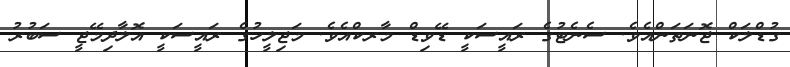
ގުޑްލަކް ޖޮނަތަންއެވެ. ސެނެޓުގެ ރައީސަކީ ޑޭވިޑް މާރކްއެވެ. މަޖިލީހުގެ ރައީސަކީ އޮލާދިމޭޖީ ސަބުރު